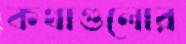
কথাগুলোর